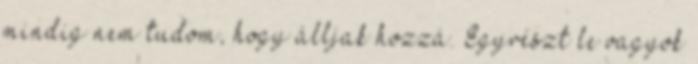
mindig nem tudom, hogy álljak hozzá. Egyrészt le vagyok